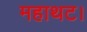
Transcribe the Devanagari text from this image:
महाथट।